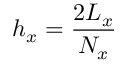
h _ { x } = \frac { 2 L _ { x } } { N _ { x } }